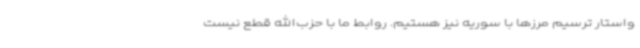
واستار ترسیم مرزها با سوریه نیز هستیم. روابط ما با حزب‌الله قطع نیست